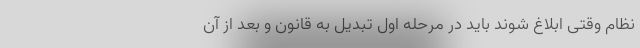
نظام وقتی ابلاغ شوند باید در مرحله اول تبدیل به قانون و بعد از آن